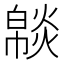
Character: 𤎥